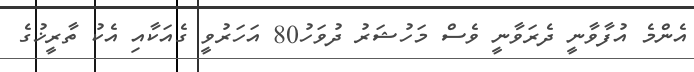
އެންމެ އުފާވާނީ ދެރަވާނީ ވެސް މަހުޝަރު ދުވަހު80 އަހަރުވީ ގެއަކާއި އެކު ތާރީޚުގެ